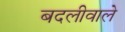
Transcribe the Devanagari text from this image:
बदलीवाले